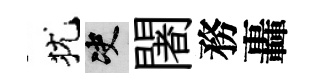
犹决闍務轟